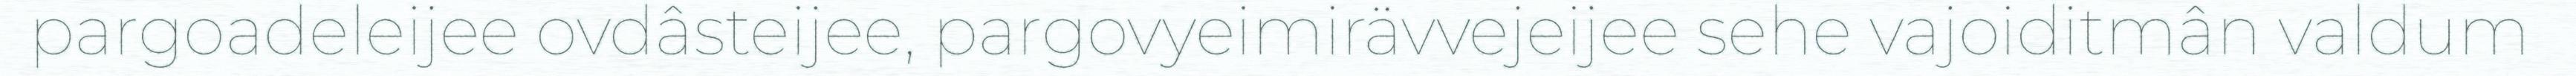
pargoadeleijee ovdâsteijee, pargovyeimirävvejeijee sehe vajoiditmân valdum